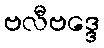
ဗလီဗဒ္ဒေ